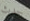
حدث